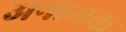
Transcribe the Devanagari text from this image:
अनायक